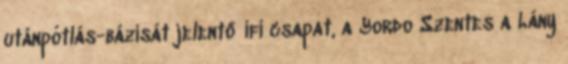
utánpótlás-bázisát jelentő ifi csapat, a Yordo Szentes a Lány